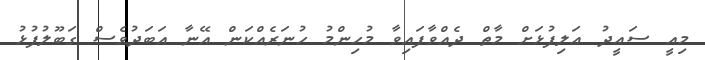
މިއީ ސަޢީދު ޢަލިފުޅަށް މާތް ދެއްވާފައިވާ މުހިންމު ހުނަރެއްކަން އޭނާ އަބަދުވެސް ގަބޫލުފުޅު